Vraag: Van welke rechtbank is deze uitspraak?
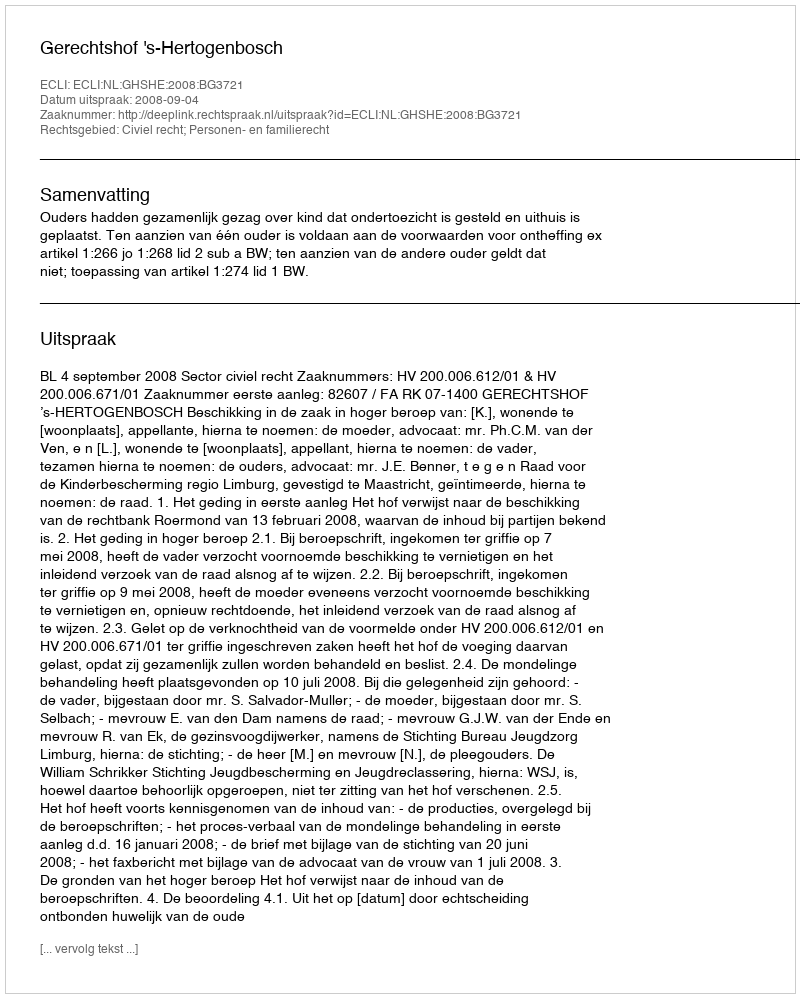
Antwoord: Gerechtshof 's-Hertogenbosch